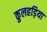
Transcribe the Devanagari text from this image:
कुलहड़िया